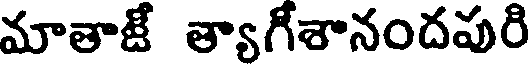
మాతాజీ త్యాగీశానందపురి